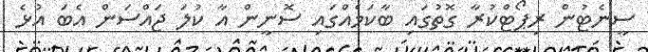
ސީނެޓުން ރިޕޯޓްކުރާ ގޮތުގައި ބާކަމެއްގައި ސޮނީން އާ ކުލަ ޖައްސަން އެބަ އުޅެ